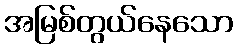
အမြစ်တွယ်နေသော